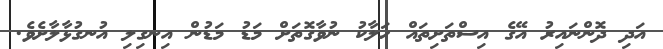
އަދި ދޮންނައިރު އޭގެ އިސްތަށިތައް ހަލާކު ނުވާގޮތަށް މަޑު މަޑުން އިނގިލި އުނގުޅާލާށެވެ.